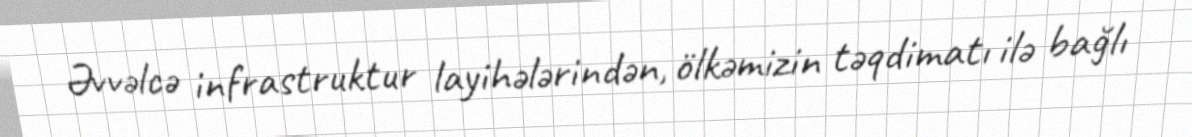
Əvvəlcə infrastruktur layihələrindən, ölkəmizin təqdimatı ilə bağlı